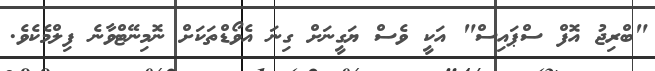
"ބްރިޖު އޮފް ސްޕައިސް" އަކީ ވެސް ޔަގީނަށް ގިނަ އެވޯޑްތަކަށް ނޮމިނޭޓްވާނެ ފިލްމެކެވެ.